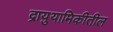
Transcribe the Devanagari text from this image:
द्रायुयामिकीतील